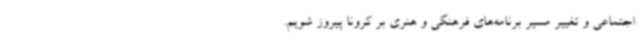
اجتماعی و تغییر مسیر برنامه‌های فرهنگی و هنری بر کرونا پیروز شویم.